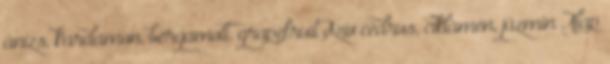
ánizs, kardamon, bergamott, grapefruit Szív cédrus, ciklámen, jázmin Alap